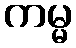
ကမ္မ